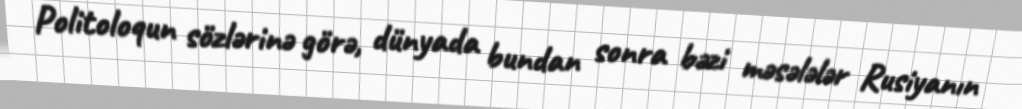
Politoloqun sözlərinə görə, dünyada bundan sonra bəzi məsələlər Rusiyanın